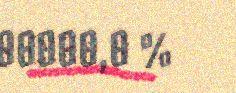
00000,0 %